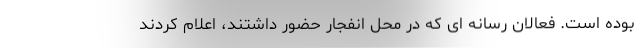
بوده است. فعالان رسانه ای که در محل انفجار حضور داشتند، اعلام کردند